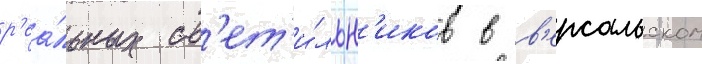
р'еа́льных св'ет'и́льн'иков в в'ерсальском